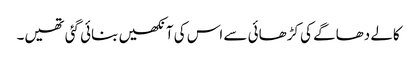
کالے دھاگے کی کڑھائی سے اس کی آنکھیں بنائی گئی تھیں۔